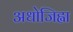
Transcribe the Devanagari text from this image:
अधोजिह्वा